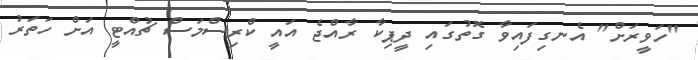
"ހަވީރަށް" އެނގިފައިވާ ގޮތުގައި ދީޕިކާ ރާއްޖެ އައީ ކްރިސްމަސް ޗުއްޓީ އަށް ހަތަރު